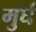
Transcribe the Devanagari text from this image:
मुर्घ